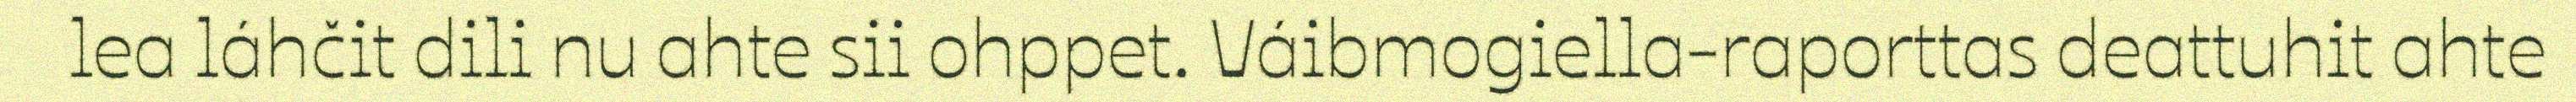
lea láhčit dili nu ahte sii ohppet. Váibmogiella-raporttas deattuhit ahte